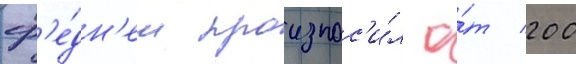
ср'е́дн'ем произнос'и́л о́т 200